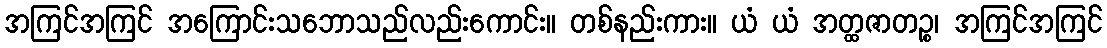
အကြင်အကြင် အကြောင်းသဘောသည်လည်းကောင်း။ တစ်နည်းကား။ ယံ ယံ အတ္ထဇာတဉ္စ၊ အကြင်အကြင်